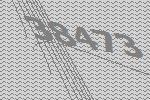
38473